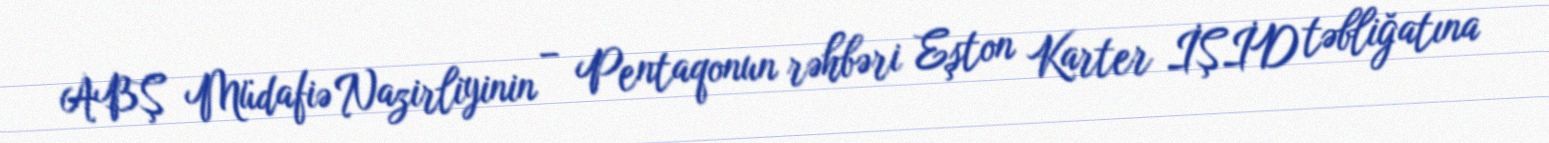
ABŞ Müdafiə Nazirliyinin – Pentaqonun rəhbəri Eşton Karter İŞİD təbliğatına